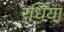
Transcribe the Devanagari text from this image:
रधिया